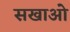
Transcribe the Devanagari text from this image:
सखाओ